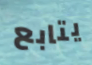
يتابع